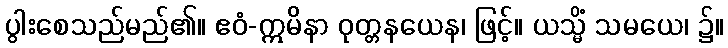
ပွါးစေသည်မည်၏။ ဧဝံ-ဣမိနာ ဝုတ္တနယေန၊ ဖြင့်။ ယသ္မိံ သမယေ၊ ၌။